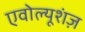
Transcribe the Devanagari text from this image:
एवोल्यूशंज़